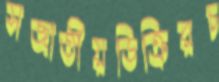
সজাতীয়ডিক্রিরচ